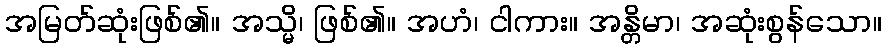
အမြတ်ဆုံးဖြစ်၏။ အသ္မိ၊ ဖြစ်၏။ အဟံ၊ ငါကား။ အန္တိမာ၊ အဆုံးစွန်သော။